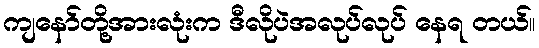
ကျနော်တို့အားလုံးက ဒီလိုပဲအလုပ်လုပ် နေရ တယ်။